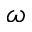
\omega